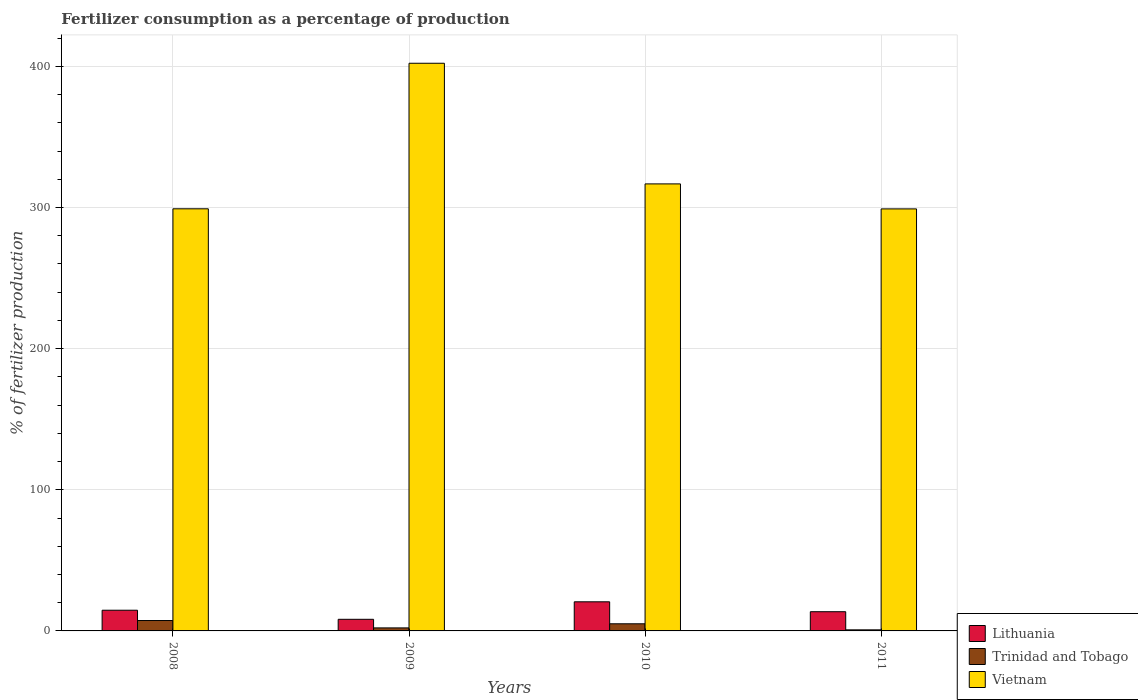
| Years | Lithuania | Trinidad and Tobago | Vietnam |
 | --- | --- | --- | --- |
 | 2008 | 14.7 | 7.37 | 299 |
 | 2009 | 8.24 | 2.14 | 402 |
 | 2010 | 20.6 | 5.06 | 317 |
 | 2011 | 13.6 | 0.761 | 299 |